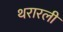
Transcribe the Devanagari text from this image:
थरारली